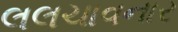
લલચાવનાર